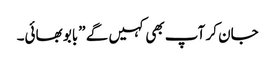
جان کر آپ بھی کہیں گے ”بابو بھائی۔